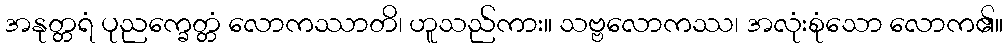
အနုတ္တရံ ပုညက္ခေတ္တံ လောကဿာတိ၊ ဟူသည်ကား။ သဗ္ဗလောကဿ၊ အလုံးစုံသော လောက၏။